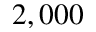
2 , 0 0 0